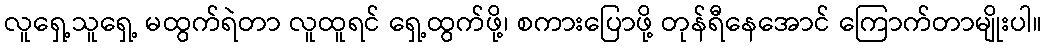
လူရှေ့သူရှေ့ မထွက်ရဲတာ လူထူရင် ရှေ့ထွက်ဖို့၊ စကားပြောဖို့ တုန်ရီနေအောင် ကြောက်တာမျိုးပါ။